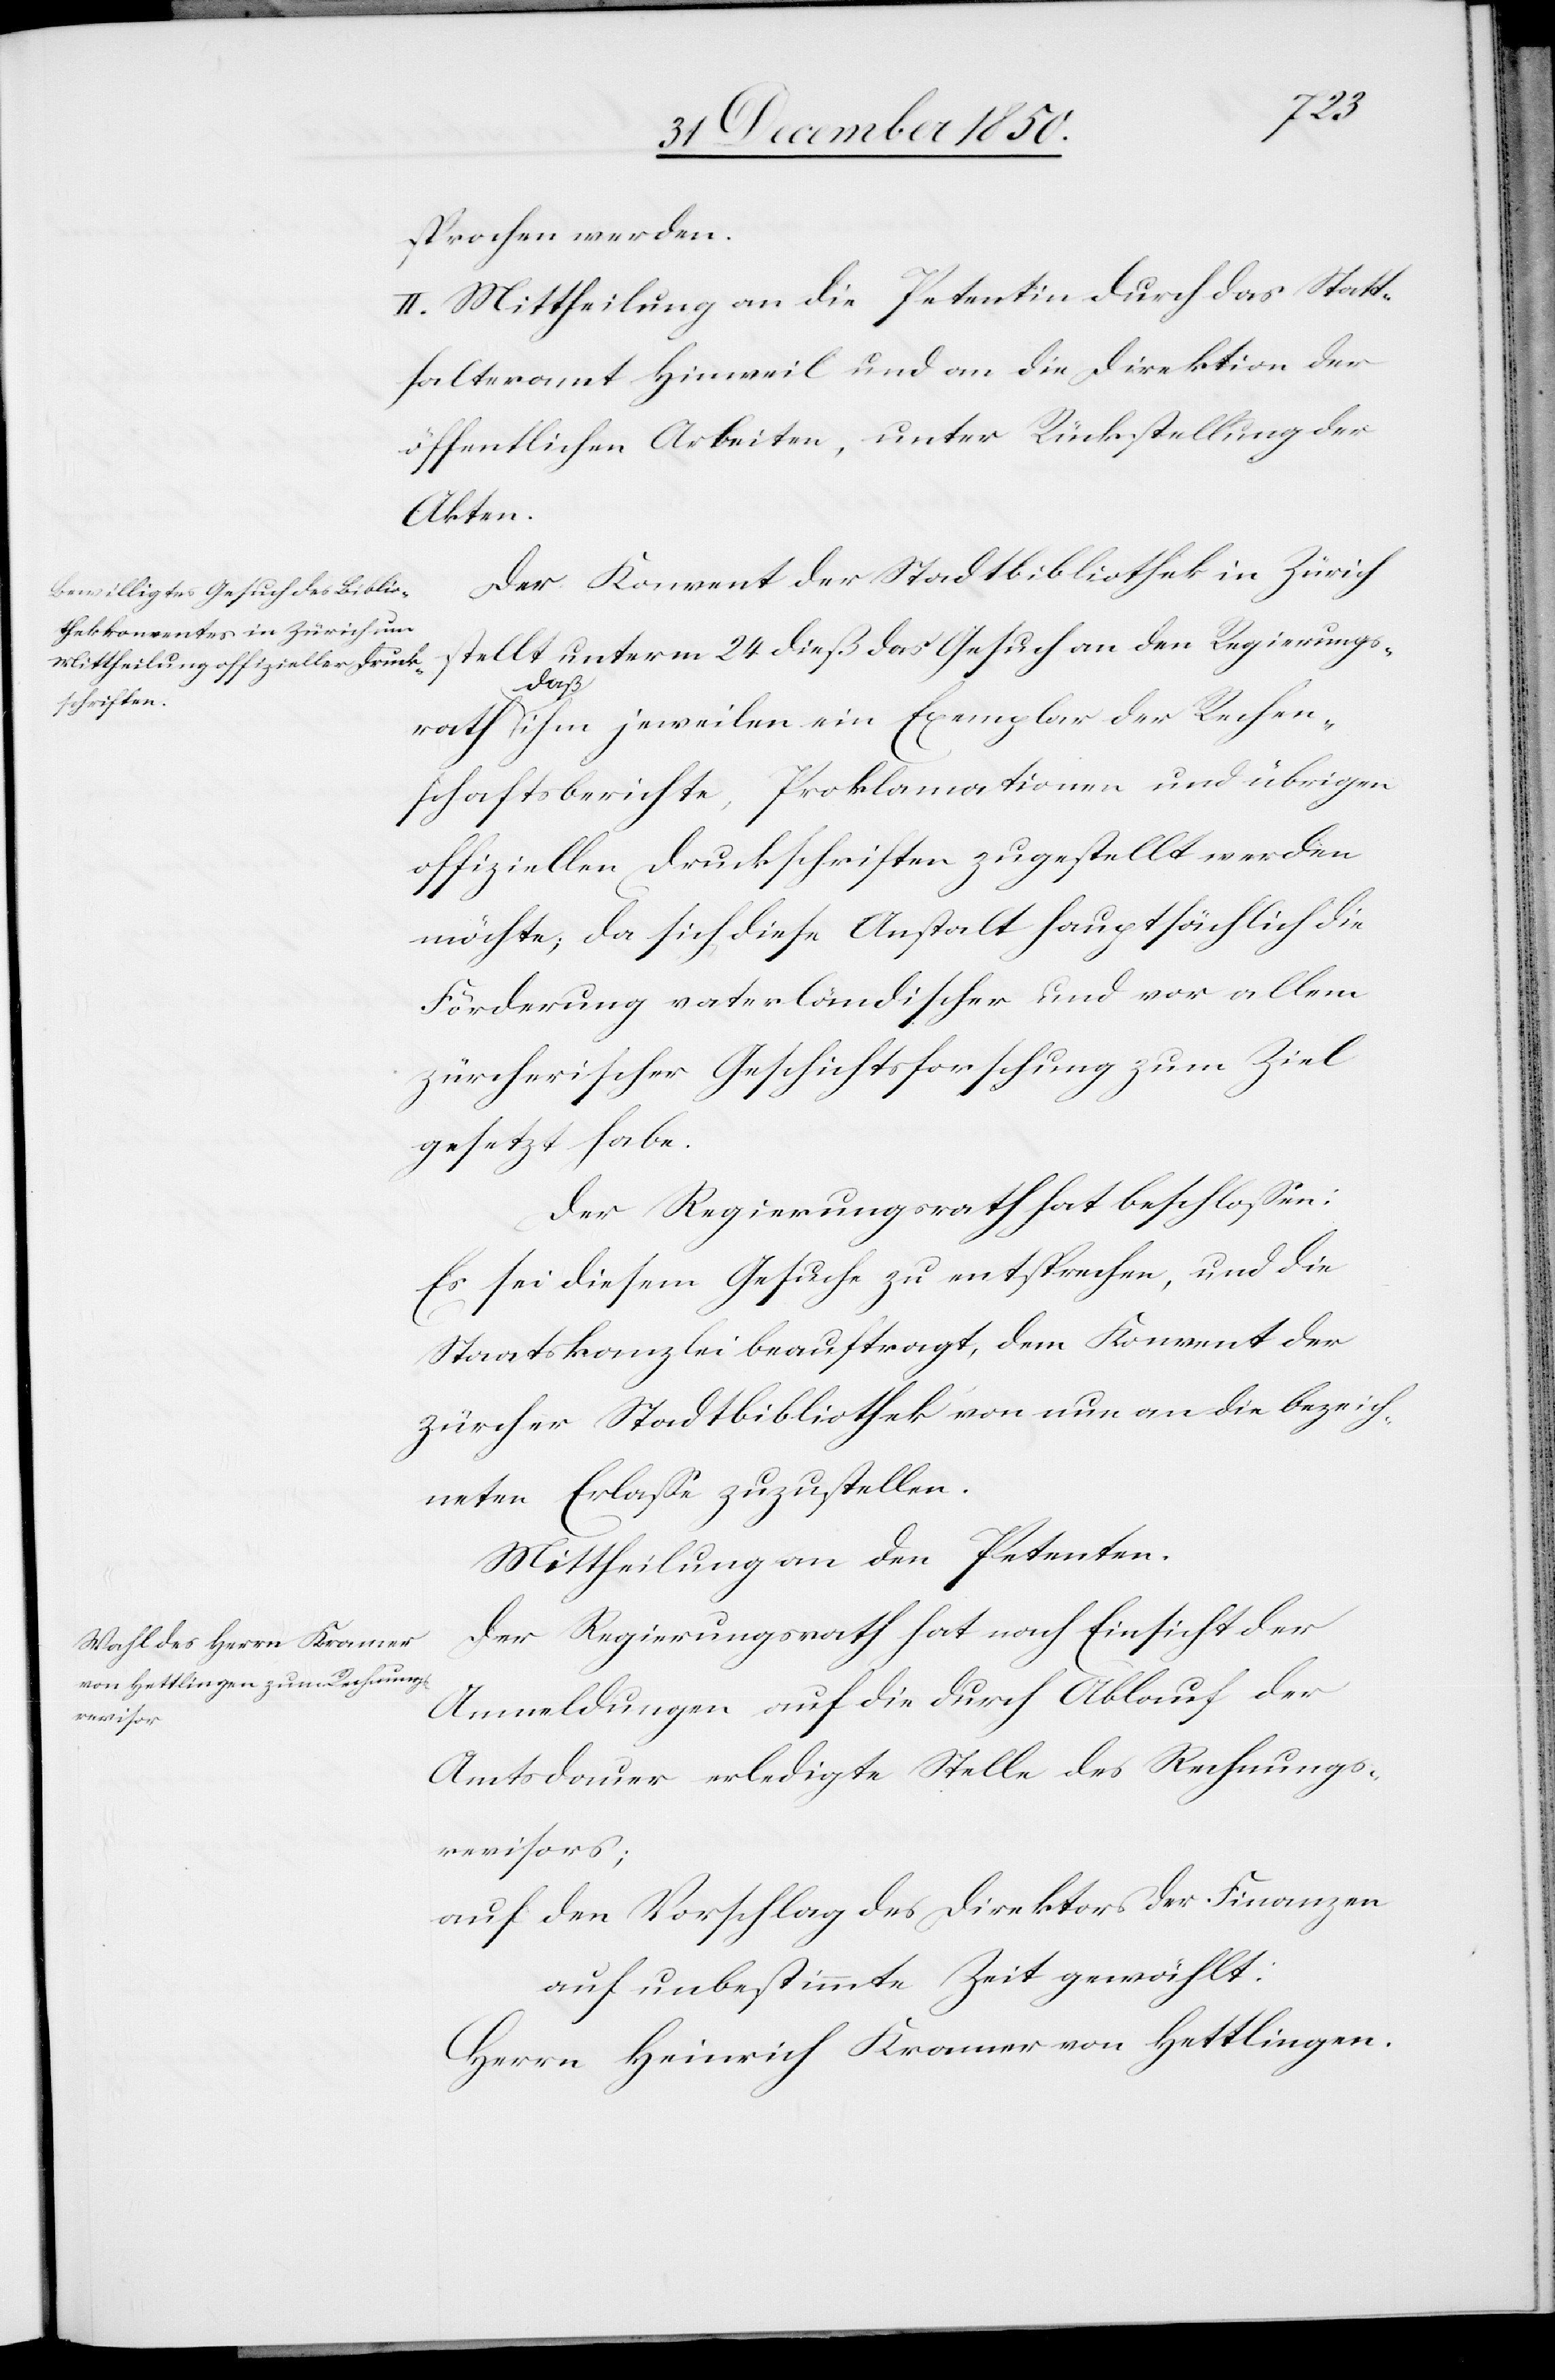
sprochen werden.
II. Mittheilung an die Petentin durch das Statt¬
halteramt Hinweil und an die Direktion der
öffentlichen Arbeiten, unter Rückstellung der
Akten.
Der Konvent der Stadtbibliothek in Zürich
stellt unterm 24 dieß das Gesuch an den Regierungs¬
rath daß ihm jeweilen ein Exemplar der Rechen¬
schaftsberichte, Proklamationen und übrigen
offiziellen Druckschriften zugestellt werden
möchte; da sich diese Anstalt hauptsächlich die
Förderung vaterländischer und vor allem
zürcherischer Geschichtsforschung zum Ziel
gesetzt habe.
Der Regierungsrath hat beschlossen:
Es sei diesem Gesuche zu entsprechen, und die
Staatskanzlei beauftragt, dem Konvent der
zürcher Stadtbibliothek von nun an die bezeich¬
neten Erlasse zuzustellen.
Mittheilung an den Petenten.
Der Regierungsrath hat nach Einsicht der
Anmeldungen auf die durch Ablauf der
Amtsdauer erledigte Stelle des Rechnungs¬
revisors;
auf den Vorschlag des Direktors der Finanzen
auf unbestimmte Zeit gewählt:
Herrn Heinrich Kramer von Hettlingen.